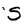
Character: S